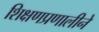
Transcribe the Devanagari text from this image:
शिक्षणप्रणालीने